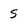
Character: S